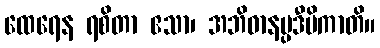
ထေရေန ရစိတာ ဧသာ၊ အဘိဓာနပ္ပဒီပိကာတိ။